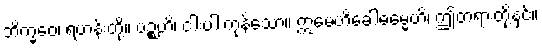
ဘိက္ခဝေ၊ ရဟန်းတို့။ ပဉ္စဟိ၊ ငါးပါးကုန်သော။ ဣမေဟိခေါဓမ္မေဟိ၊ ဤတရားတို့နှင့်။